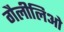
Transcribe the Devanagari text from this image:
गैलीलिओ